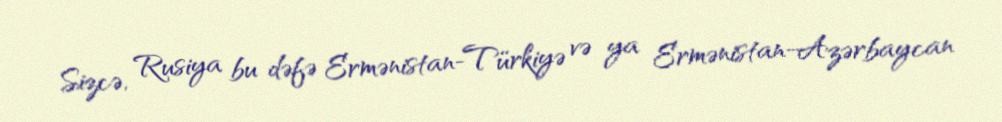
Sizcə, Rusiya bu dəfə Ermənistan-Türkiyə və ya Ermənistan-Azərbaycan